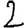
Digit: 2